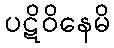
ပဋိဝိနေမိ